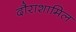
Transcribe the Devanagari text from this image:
दौराशामिल